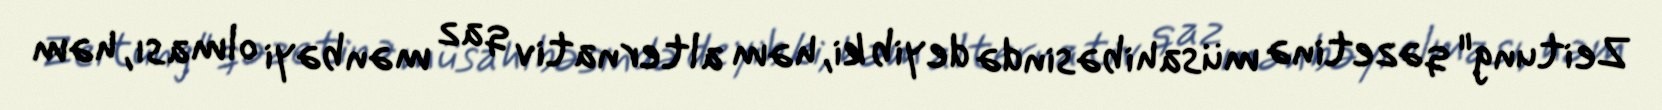
Zeitung" qəzetinə müsahibəsində deyib ki, həm alternativ qaz mənbəyi olması, həm